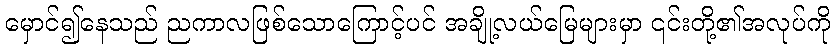
မှောင်၍နေသည် ညကာလဖြစ်သောကြောင့်ပင် အချို့လယ်မြေများမှာ ၎င်းတို့၏အလုပ်ကို